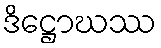
ဒိဋ္ဌောဃဿ